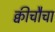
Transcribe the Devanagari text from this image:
क्वीचौचा